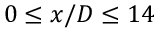
0 \le x / D \le 1 4